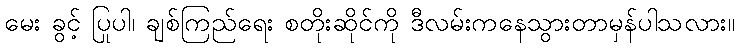
မေး ခွင့် ပြုပါ၊ ချစ်ကြည်ရေး စတိုးဆိုင်ကို ဒီလမ်းကနေသွားတာမှန်ပါသလား။